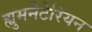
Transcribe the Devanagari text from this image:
ह्युमनेटेरियन